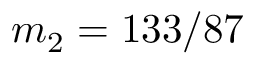
m _ { 2 } = 1 3 3 / 8 7